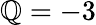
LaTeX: \mathbb{Q}=-3